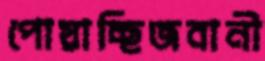
পোয়াচ্ছিজবানী